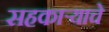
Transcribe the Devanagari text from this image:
सहकाऱ्याचे